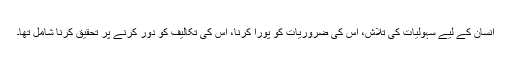
انسان کے لیے سہولیات کی تلاش، اس کی ضروریات کو پورا کرنا، اس کی تکالیف کو دور کرنے پر تحقیق کرنا شامل تھا۔